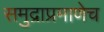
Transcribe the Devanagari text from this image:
समुद्राप्रमाणेच